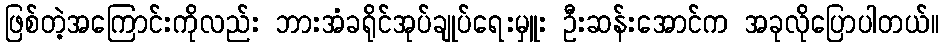
ဖြစ်တဲ့အကြောင်းကိုလည်း ဘားအံခရိုင်အုပ်ချုပ်ရေးမှူး ဦးဆန်းအောင်က အခုလိုပြောပါတယ်။